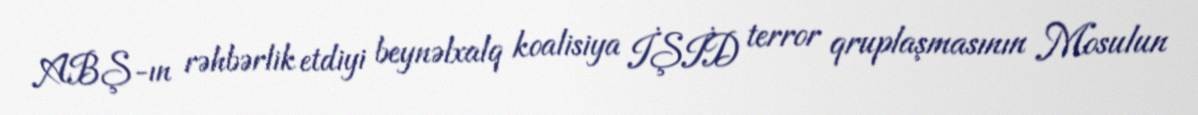
ABŞ-ın rəhbərlik etdiyi beynəlxalq koalisiya İŞİD terror qruplaşmasının Mosulun